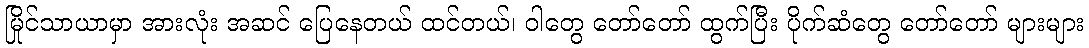
မြိုင်သာယာမှာ အားလုံး အဆင် ပြေနေတယ် ထင်တယ်၊ ဝါတွေ တော်တော် ထွက်ပြီး ပိုက်ဆံတွေ တော်တော် များများ